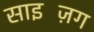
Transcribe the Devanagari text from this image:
साइज़िंग